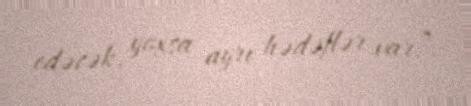
edəcək, yoxsa ayrı hədəflər var?.